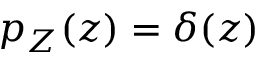
p _ { Z } ( z ) = \delta ( z )